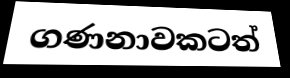
ගණනාවකටත්